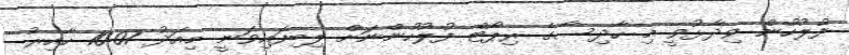
ފުލުހުން ވިދާޅުވީ މި ހާދިސާގެ ރިޕޯޓް ފުލުހުންނަށް ލިބިފައިވަނީ މިއަދު 10:07 ހާއިރު